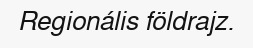
Regionális földrajz.